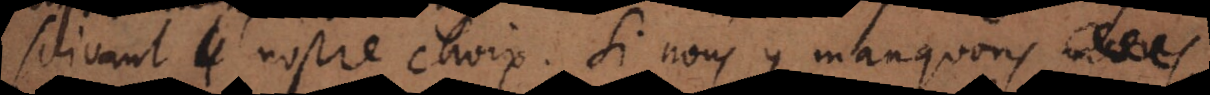
suivant nostre choix. Si nous y manquons